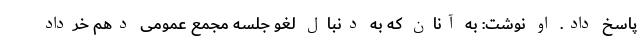
پاسخ داد. او نوشت: به آنان که به دنبال لغو جلسه مجمع عمومی دهم خرداد